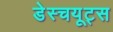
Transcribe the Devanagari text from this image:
डेस्चयूट्स